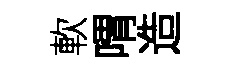
軟喟造